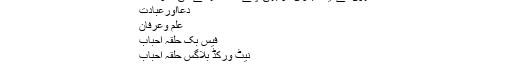
انھوں نے ایک بدوی کو بھی اپنے ساتھ کھانے کی دعوت ...
دعااورعبادت
علم وعرفانْ
فیس بک حلقہ احباب
نیٹ ورکڈ بلاگس حلقہ احباب
جملہ حقوق غیرمحفوظ 2012-2014 علم و عرفانْ